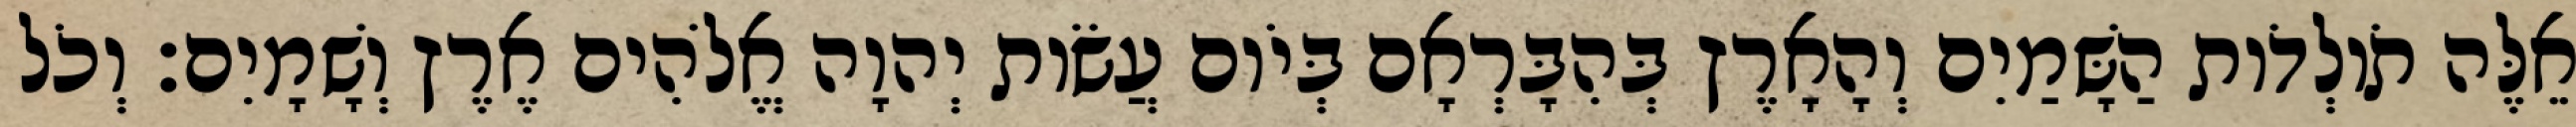
אֵלֶּה תֹולְדֹות הַשָּׁמַיִם וְהָאָרֶץ בְּהִבָּרְאָם בְּיֹום עֲשֹׂות יְהוָה אֱלֹהִים אֶרֶץ וְשָׁמָיִם׃ וְכֹל